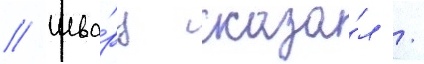
// Шва́рц сказа́л /